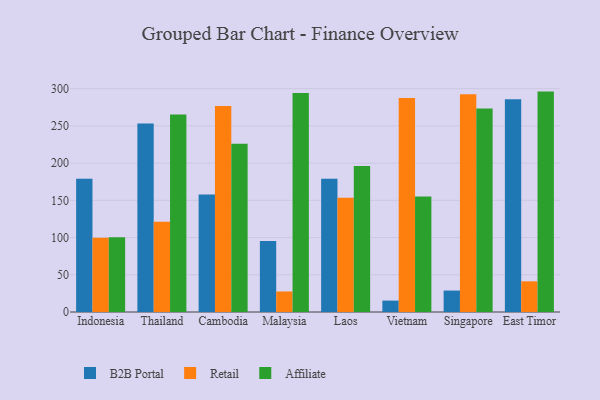
{"axis": {"x": "Country", "y": "Demand Index"}, "legend": ["Affiliate", "B2B Portal", "Retail"], "data": [{"x": "Indonesia", "y": 179.1, "type": "B2B Portal"}, {"x": "Indonesia", "y": 99.6, "type": "Retail"}, {"x": "Indonesia", "y": 100.4, "type": "Affiliate"}, {"x": "Thailand", "y": 253.2, "type": "B2B Portal"}, {"x": "Thailand", "y": 121.1, "type": "Retail"}, {"x": "Thailand", "y": 265.3, "type": "Affiliate"}, {"x": "Cambodia", "y": 157.7, "type": "B2B Portal"}, {"x": "Cambodia", "y": 276.8, "type": "Retail"}, {"x": "Cambodia", "y": 225.9, "type": "Affiliate"}, {"x": "Malaysia", "y": 95.5, "type": "B2B Portal"}, {"x": "Malaysia", "y": 27.6, "type": "Retail"}, {"x": "Malaysia", "y": 294.2, "type": "Affiliate"}, {"x": "Laos", "y": 178.9, "type": "B2B Portal"}, {"x": "Laos", "y": 153.6, "type": "Retail"}, {"x": "Laos", "y": 196.0, "type": "Affiliate"}, {"x": "Vietnam", "y": 15.3, "type": "B2B Portal"}, {"x": "Vietnam", "y": 287.4, "type": "Retail"}, {"x": "Vietnam", "y": 155.1, "type": "Affiliate"}, {"x": "Singapore", "y": 28.8, "type": "B2B Portal"}, {"x": "Singapore", "y": 292.4, "type": "Retail"}, {"x": "Singapore", "y": 273.5, "type": "Affiliate"}, {"x": "East Timor", "y": 285.8, "type": "B2B Portal"}, {"x": "East Timor", "y": 41.2, "type": "Retail"}, {"x": "East Timor", "y": 296.1, "type": "Affiliate"}]}